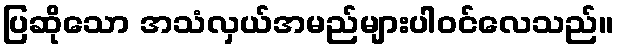
ပြဆိုသော အသံလှယ်အမည်များပါဝင်လေသည်။